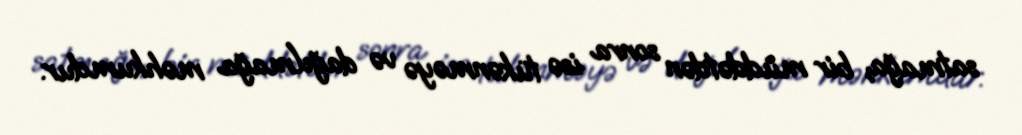
satmağa, bir müddətdən sonra isə tükənməyə və dağılmağa məhkumdur.